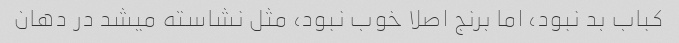
کباب بد نبود، اما برنج اصلا خوب نبود، مثل نشاسته میشد در دهان